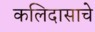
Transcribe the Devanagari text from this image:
कलिदासाचे